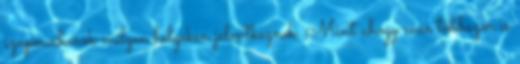
szuperviharok milyen helyeken jelentkeznek. Mint ahogy már többször is